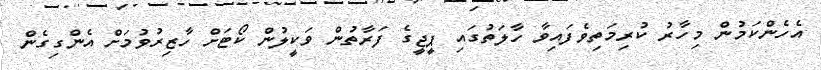
އެހެންކަމުން މިހާރު ކުރިމަތިވެފައިވާ ހާލަތުގައި ޕީޖީގެ ފަރާތުން ވަކީލުން ކޯޓަށް ހާޒިރުވުމަށް އެންގިގެން